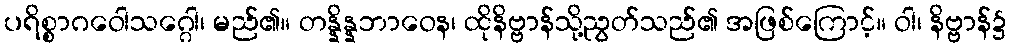
ပရိစ္စာဂဝေါသဂ္ဂေါ၊ မည်၏။ တန္နိန္နဘာဝေန၊ ထိုနိဗ္ဗာန်သို့ညွတ်သည်၏ အဖြစ်ကြောင့်။ ဝါ၊ နိဗ္ဗာန်၌